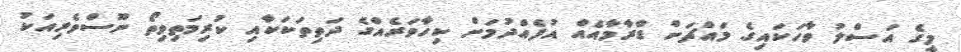
މީގެ އަސްލު ވާހަކައިގެ މައްޗަށް ޑްރާމާއެއް އުފެއްދުމަށް ކިހާވަރެއްގެ ދަތިތަކަކާއި ކުރިމަތިވިތޯ ނޫސްވެރިއަކު